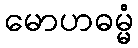
မောဟဓမ္မံ